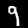
Digit: 9